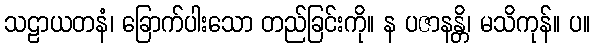
သဠာယတနံ၊ ခြောက်ပါးသော တည်ခြင်းကို။ န ပဇာနန္တိ၊ မသိကုန်။ ပ။